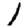
Digit: 1